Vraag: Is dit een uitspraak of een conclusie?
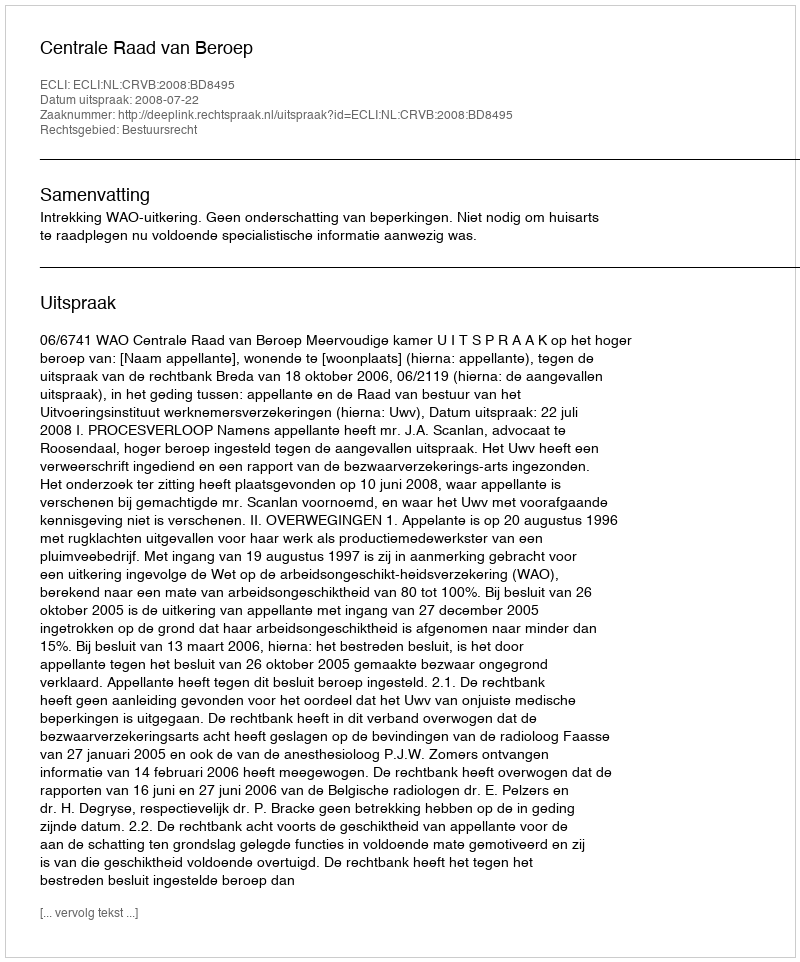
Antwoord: Uitspraak